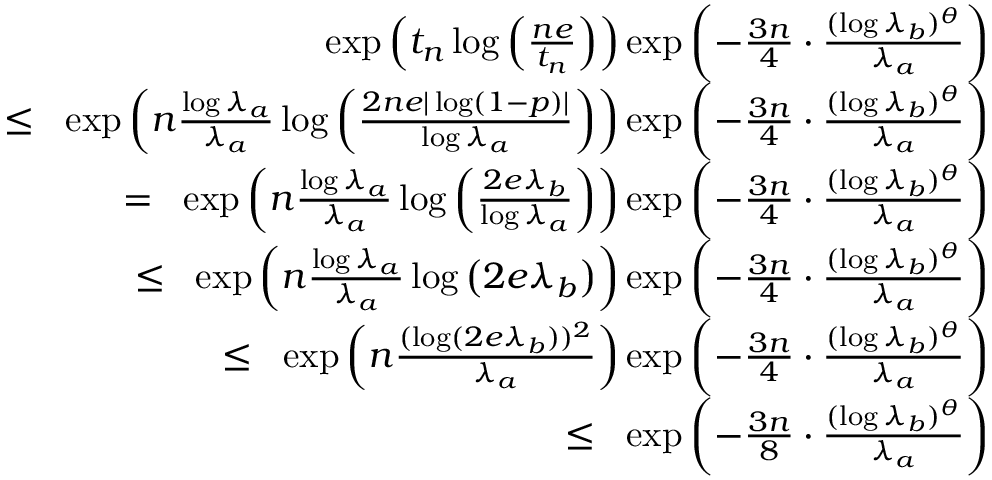
\begin{array} { r l r } & { } & { \exp \left( t _ { n } \log \left( \frac { n e } { t _ { n } } \right) \right) \exp \left( - \frac { 3 n } { 4 } \cdot \frac { ( \log { \lambda _ { b } } ) ^ { \theta } } { \lambda _ { a } } \right) } \\ & { } & { \; \; \leq \; \; \exp \left( n \frac { \log { \lambda _ { a } } } { \lambda _ { a } } \log \left( \frac { 2 n e | \log ( 1 - p ) | } { \log { \lambda _ { a } } } \right) \right) \exp \left( - \frac { 3 n } { 4 } \cdot \frac { ( \log { \lambda _ { b } } ) ^ { \theta } } { \lambda _ { a } } \right) } \\ & { } & { \; \; = \; \; \exp \left( n \frac { \log { \lambda _ { a } } } { \lambda _ { a } } \log \left( \frac { 2 e \lambda _ { b } } { \log { \lambda _ { a } } } \right) \right) \exp \left( - \frac { 3 n } { 4 } \cdot \frac { ( \log { \lambda _ { b } } ) ^ { \theta } } { \lambda _ { a } } \right) } \\ & { } & { \; \; \leq \; \; \exp \left( n \frac { \log { \lambda _ { a } } } { \lambda _ { a } } \log \left( 2 e \lambda _ { b } \right) \right) \exp \left( - \frac { 3 n } { 4 } \cdot \frac { ( \log { \lambda _ { b } } ) ^ { \theta } } { \lambda _ { a } } \right) } \\ & { } & { \; \; \leq \; \; \exp \left( n \frac { ( \log ( 2 e \lambda _ { b } ) ) ^ { 2 } } { \lambda _ { a } } \right) \exp \left( - \frac { 3 n } { 4 } \cdot \frac { ( \log { \lambda _ { b } } ) ^ { \theta } } { \lambda _ { a } } \right) } \\ & { } & { \; \; \leq \; \; \exp \left( - \frac { 3 n } { 8 } \cdot \frac { ( \log { \lambda } _ { b } ) ^ { \theta } } { \lambda _ { a } } \right) } \end{array}